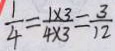
\frac { 1 } { 4 } = \frac { 1 \times 3 } { 4 \times 3 } = \frac { 3 } { 1 2 }